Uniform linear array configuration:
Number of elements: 64
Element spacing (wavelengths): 1
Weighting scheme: blackman
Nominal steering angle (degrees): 15
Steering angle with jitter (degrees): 15.141
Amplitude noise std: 0.05
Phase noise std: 0.05

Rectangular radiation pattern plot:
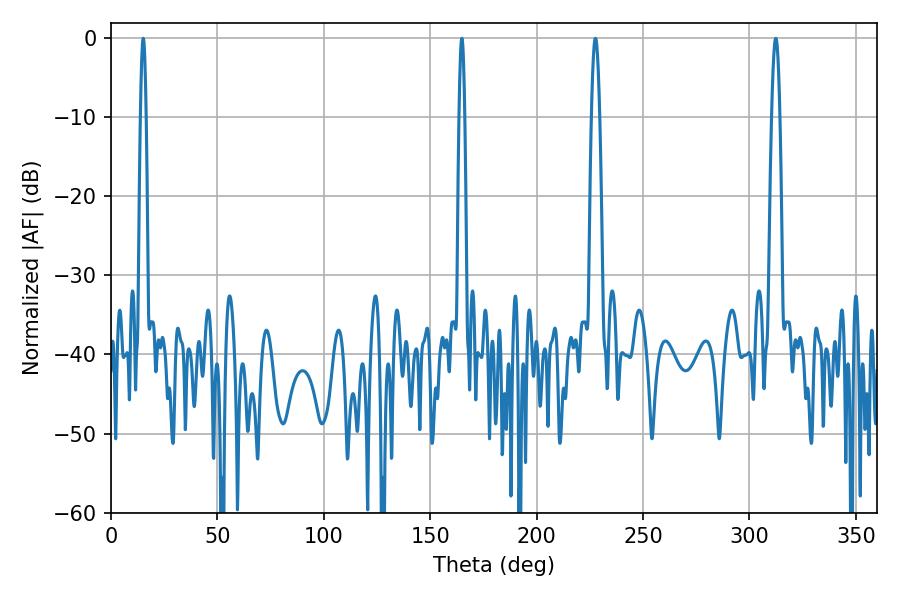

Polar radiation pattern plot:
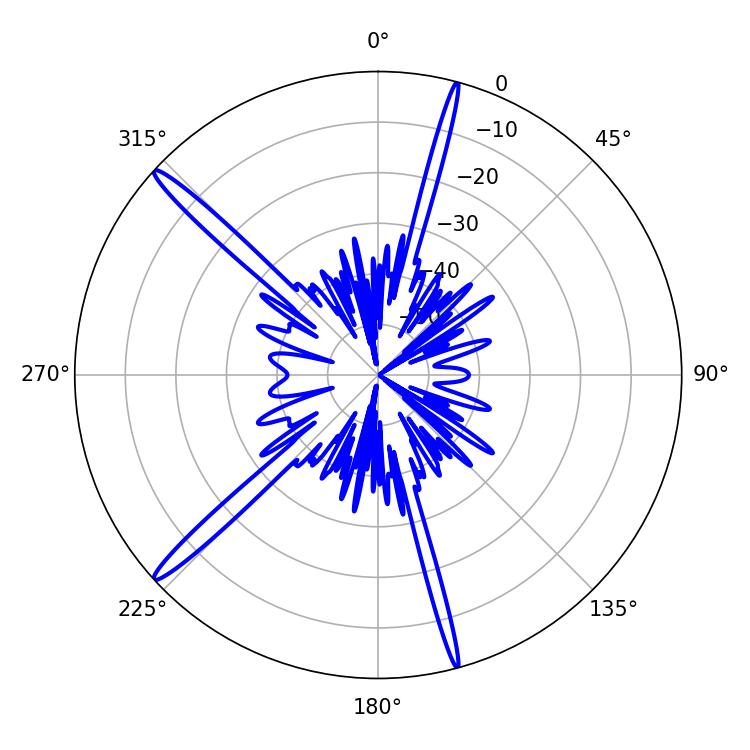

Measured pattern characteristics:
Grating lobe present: TRUE
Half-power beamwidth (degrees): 1.44
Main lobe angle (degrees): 15.12